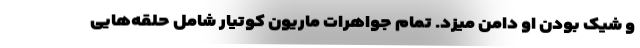
و شیک بودن او دامن میزد. تمام جواهرات ماریون کوتیار شامل حلقه‌هایی